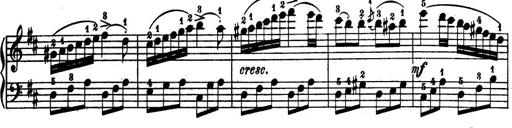
Title: 32 Sonatinas and Rondos for the Piano
Composer: Richard Kleinmichel